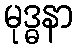
မုဒ္ဓနာ